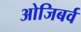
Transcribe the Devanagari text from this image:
ओजिबर्व